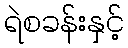
ရဲစခန်းနှင့်